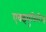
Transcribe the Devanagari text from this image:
एक्झ्युकिटिव्ह